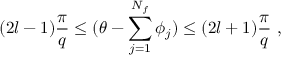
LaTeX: { ( 2 l - 1 ) \frac { \pi } { q } \leq ( \theta - \sum _ { j = 1 } ^ { N _ { f } } \phi _ { j } ) \leq ( 2 l + 1 ) \frac { \pi } { q } } \, \, , \nonumber